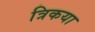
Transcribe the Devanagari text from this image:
त्रिकया